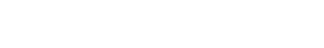
ဟောပြောပွဲသို့ လာပြီး ထမင်းစားဖိတ်သည်။